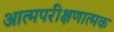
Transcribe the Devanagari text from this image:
आत्मपरीक्षणात्मक